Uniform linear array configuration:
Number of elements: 24
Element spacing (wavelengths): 0.5
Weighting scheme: kaiser
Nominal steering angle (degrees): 60
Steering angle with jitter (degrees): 58.7
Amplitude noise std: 0.05
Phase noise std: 0.05

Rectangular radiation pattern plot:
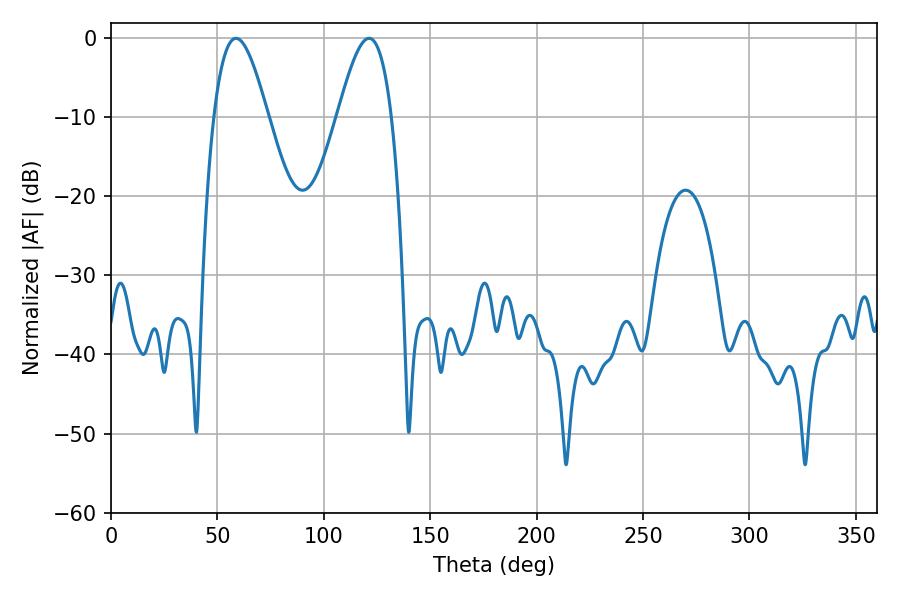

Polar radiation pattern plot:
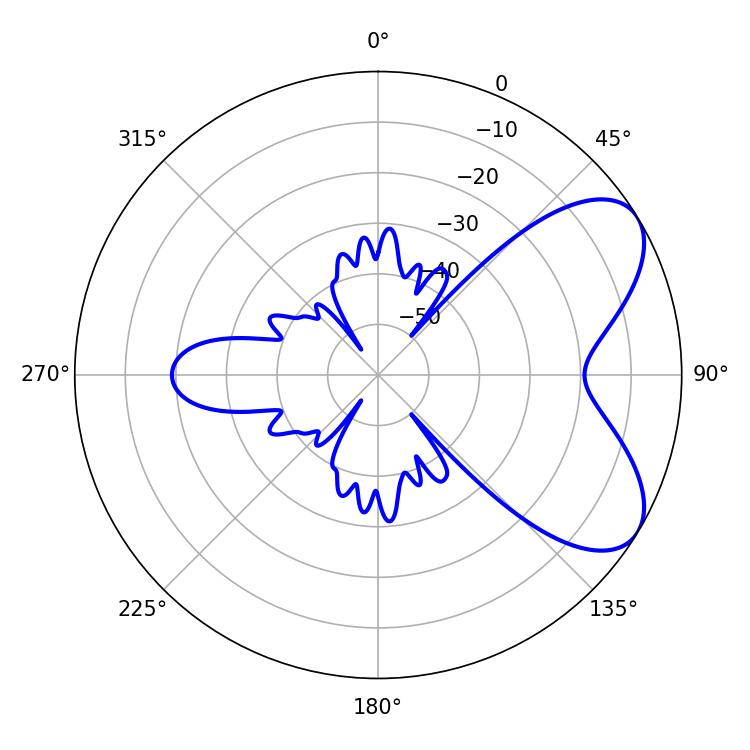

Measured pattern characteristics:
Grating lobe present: FALSE
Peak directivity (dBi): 6.456
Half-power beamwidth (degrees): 13.68
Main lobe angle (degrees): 58.68